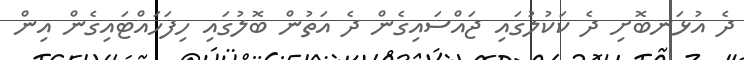
ދެ އުޅަނބޮށި ދެ ކަކުލުގައި ޖައްސައިގެން ދެ އަތުން ބޮލުގައި ހިފަހައްޓައިގެން އިން